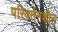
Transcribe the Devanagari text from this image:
परिवर्तनशीन